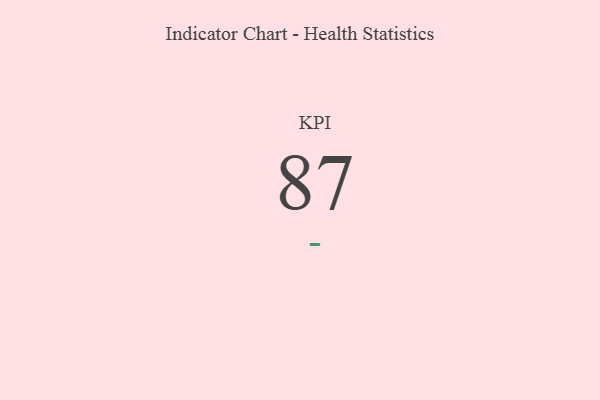
{"axis": {"x": "KPI", "y": "Value"}, "legend": [""], "data": [{"x": "KPI", "y": 87, "type": ""}]}